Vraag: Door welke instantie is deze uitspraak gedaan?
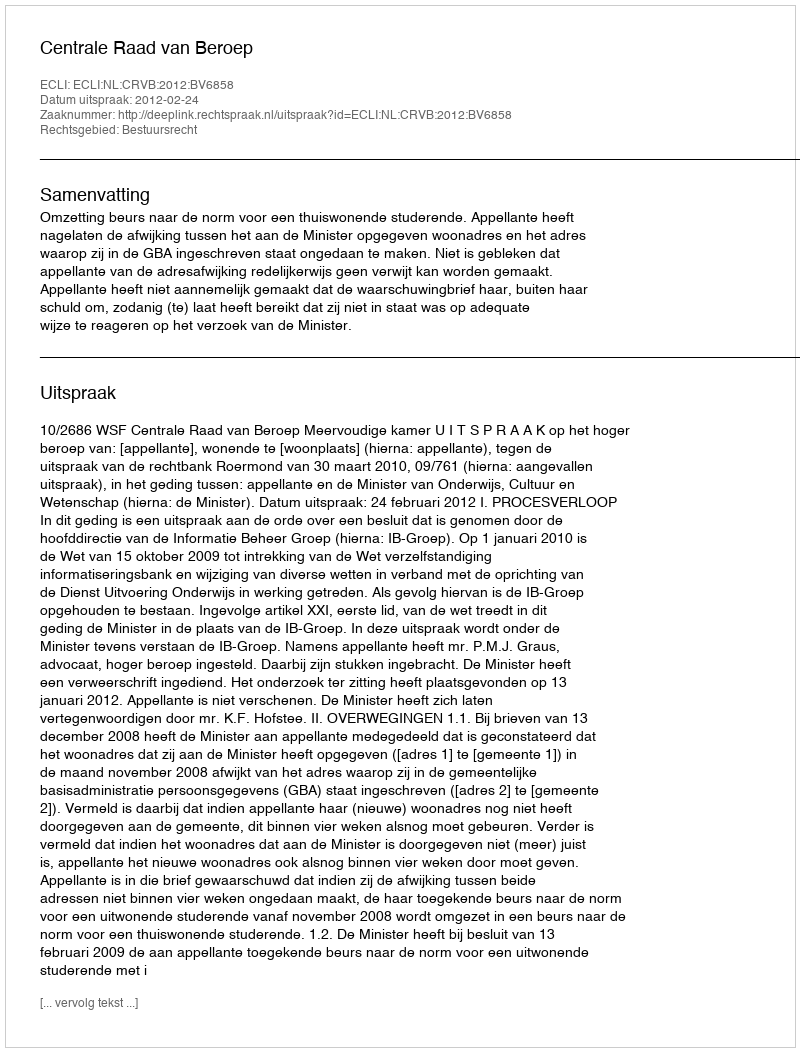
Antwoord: Centrale Raad van Beroep